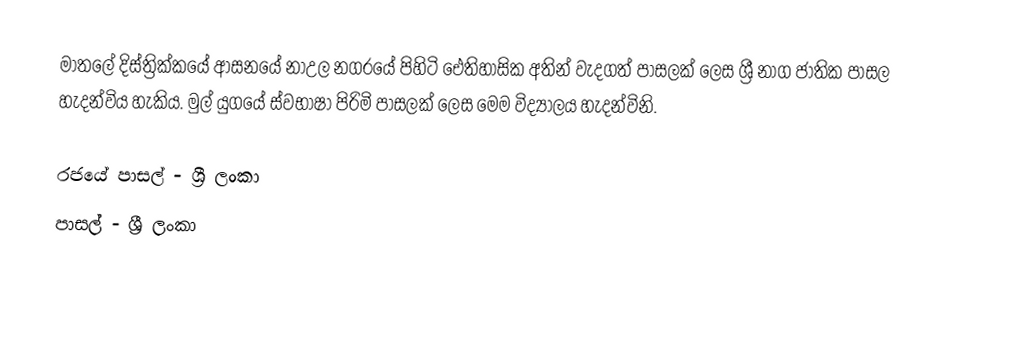
මාතලේ දිස්ත්‍රික්කයේ ආස‍නයේ නාඋල නග‍රයේ පිහිටි ‍ඓතිහාසික අතින් වැදගත් පාසලක් ලෙස ශ්‍රී නාග ජාතික පාසල හැදන්විය හැකිය. මුල් යුගයේ ස්වභාෂා පිරිමි පාසලක් ලෙස මෙම විද්‍යාලය හැදන්විනි.

රජයේ පාසල් - ශ්‍රී ලංකා
පාසල් - ශ්‍රී ලංකා